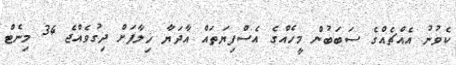
ކެވުނު އެއްޗެއްގެ ސަބަބުން މީހެއްގެ އެސްފިޔަތައް އާދަޔާ ޚިލާފަށް ދިގުވެއްޖެ 34 މިނެޓް